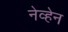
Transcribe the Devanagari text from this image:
नेव्हेन